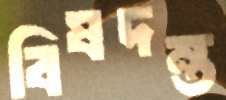
বিষদন্ত